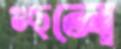
গুছলে